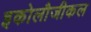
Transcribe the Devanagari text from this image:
इकोलौजीकल